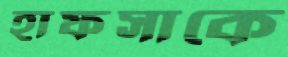
হাফসাকে